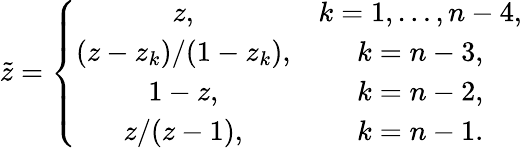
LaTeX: \tilde{z}=\left\{ \begin{array}{cc}{{z,}}&{{k=1,\ldots,n-4,}}\\ {{(z-z_{k})/(1-z_{k}),}}&{{k=n-3,}}\\ {{1-z,}}&{{k=n-2,}}\\ {{z/(z-1),}}&{{k=n-1.}}\end{array}\right.